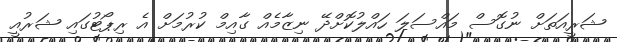
ޝަރީއަތަށް ނުގޮސް މައްސަލަ ހައްލުކޮށްދޭ ނިޒާމެއް ގާއިމް ކުރުމަށް އެ ރިޕޯޓުގައި ޝަރުއީ